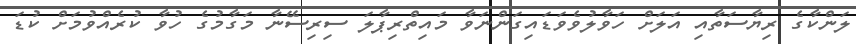
ލަންކާގެ ރިޔާސަތާއި އަލަށް ހަވާލުވެވަޑައިގަންނަވާ މައިތްރިޕާލަ ސިރިސޭނާ މަގާމުގެ ހުވާ ކުރެއްވުމަށް ކުޑަ